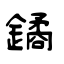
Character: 鐍